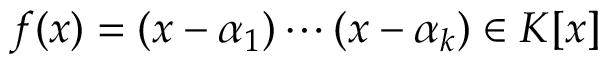
f ( x ) = ( x - \alpha _ { 1 } ) \cdots ( x - \alpha _ { k } ) \in K [ x ]